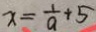
x = \frac { 1 } { 9 } + 5